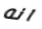
انه